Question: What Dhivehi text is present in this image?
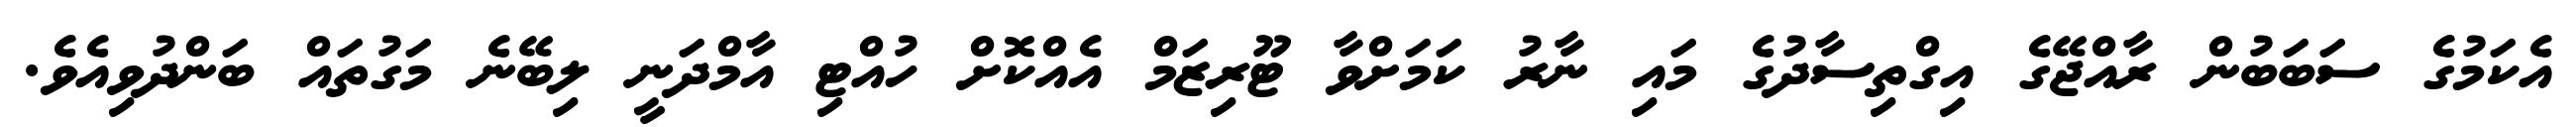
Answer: އެކަމުގެ ސަބަބުން ރާއްޖޭގެ އިގްތިސާދުގެ މައި ނާރު ކަމަށްވާ ޓޫރިޒަމް އެއްކޮށް ހުއްޓި އާމްދަނީ ލިބޭނެ މަގުތައް ބަންދުވިއެވެ.